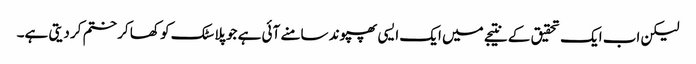
لیکن اب ایک تحقیق کے نتیجے میں ایک ایسی پھپوند سامنے آئی ہے جو پلاسٹک کو کھا کر ختم کر دیتی ہے۔